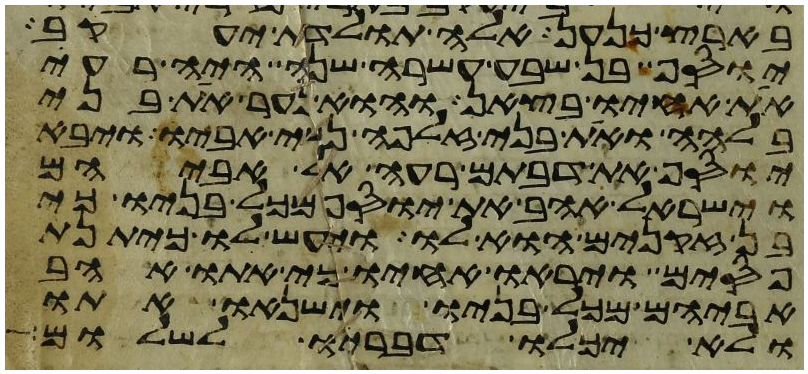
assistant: בארץ כנען אלה תולדת יעקב
יוסף בן שבע עשרה שנה היה רעה
את אחיו בצאן והוא נער את בני
בלהה ואת בני זלפה נשי אביו ויבא
יוסף את דבתם רעה אל אביהם
וישראל אהב את יוסף מכל בניו כי
בן זקנים הוא לו ויעש לו כיתנת
פסים ויראו אחיו כי אתו אהב
אביהם מכל בניו וישנאו אתו
ולא יכלו דבריו לשלום